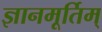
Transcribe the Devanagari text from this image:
ज्ञानमूर्तिम्